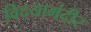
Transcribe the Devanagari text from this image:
विदयामंदीर